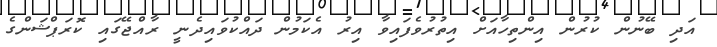
އަދި ބޭނުން ކުރުން އިންތިހާއަށް އިތުރުވެފައިވާ އިރު އެކަމުން ދައްކުވައިދެނީ ރާއްޖޭގައި ކޮރަޕްޝަންގެ